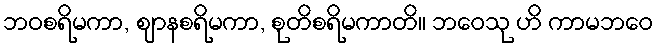
ဘဝစရိမကာ, ဈာနစရိမကာ, စုတိစရိမကာတိ။ ဘဝေသု ဟိ ကာမဘဝေ